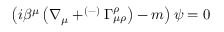
\left( i \beta ^ { \mu } \left( \nabla _ { \mu } + ^ { \left( - \right) } \Gamma _ { \mu \rho } ^ { \rho } \right) - m \right) \psi = 0